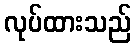
လုပ်ထားသည်